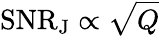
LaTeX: \mathrm{SNR_{J}}\propto\sqrt{Q}